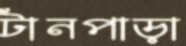
টানপাড়া